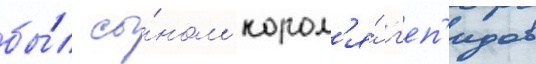
бы́л сы́ном корол'я́ г'еп'идов